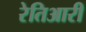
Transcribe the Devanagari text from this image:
रेतिआरी